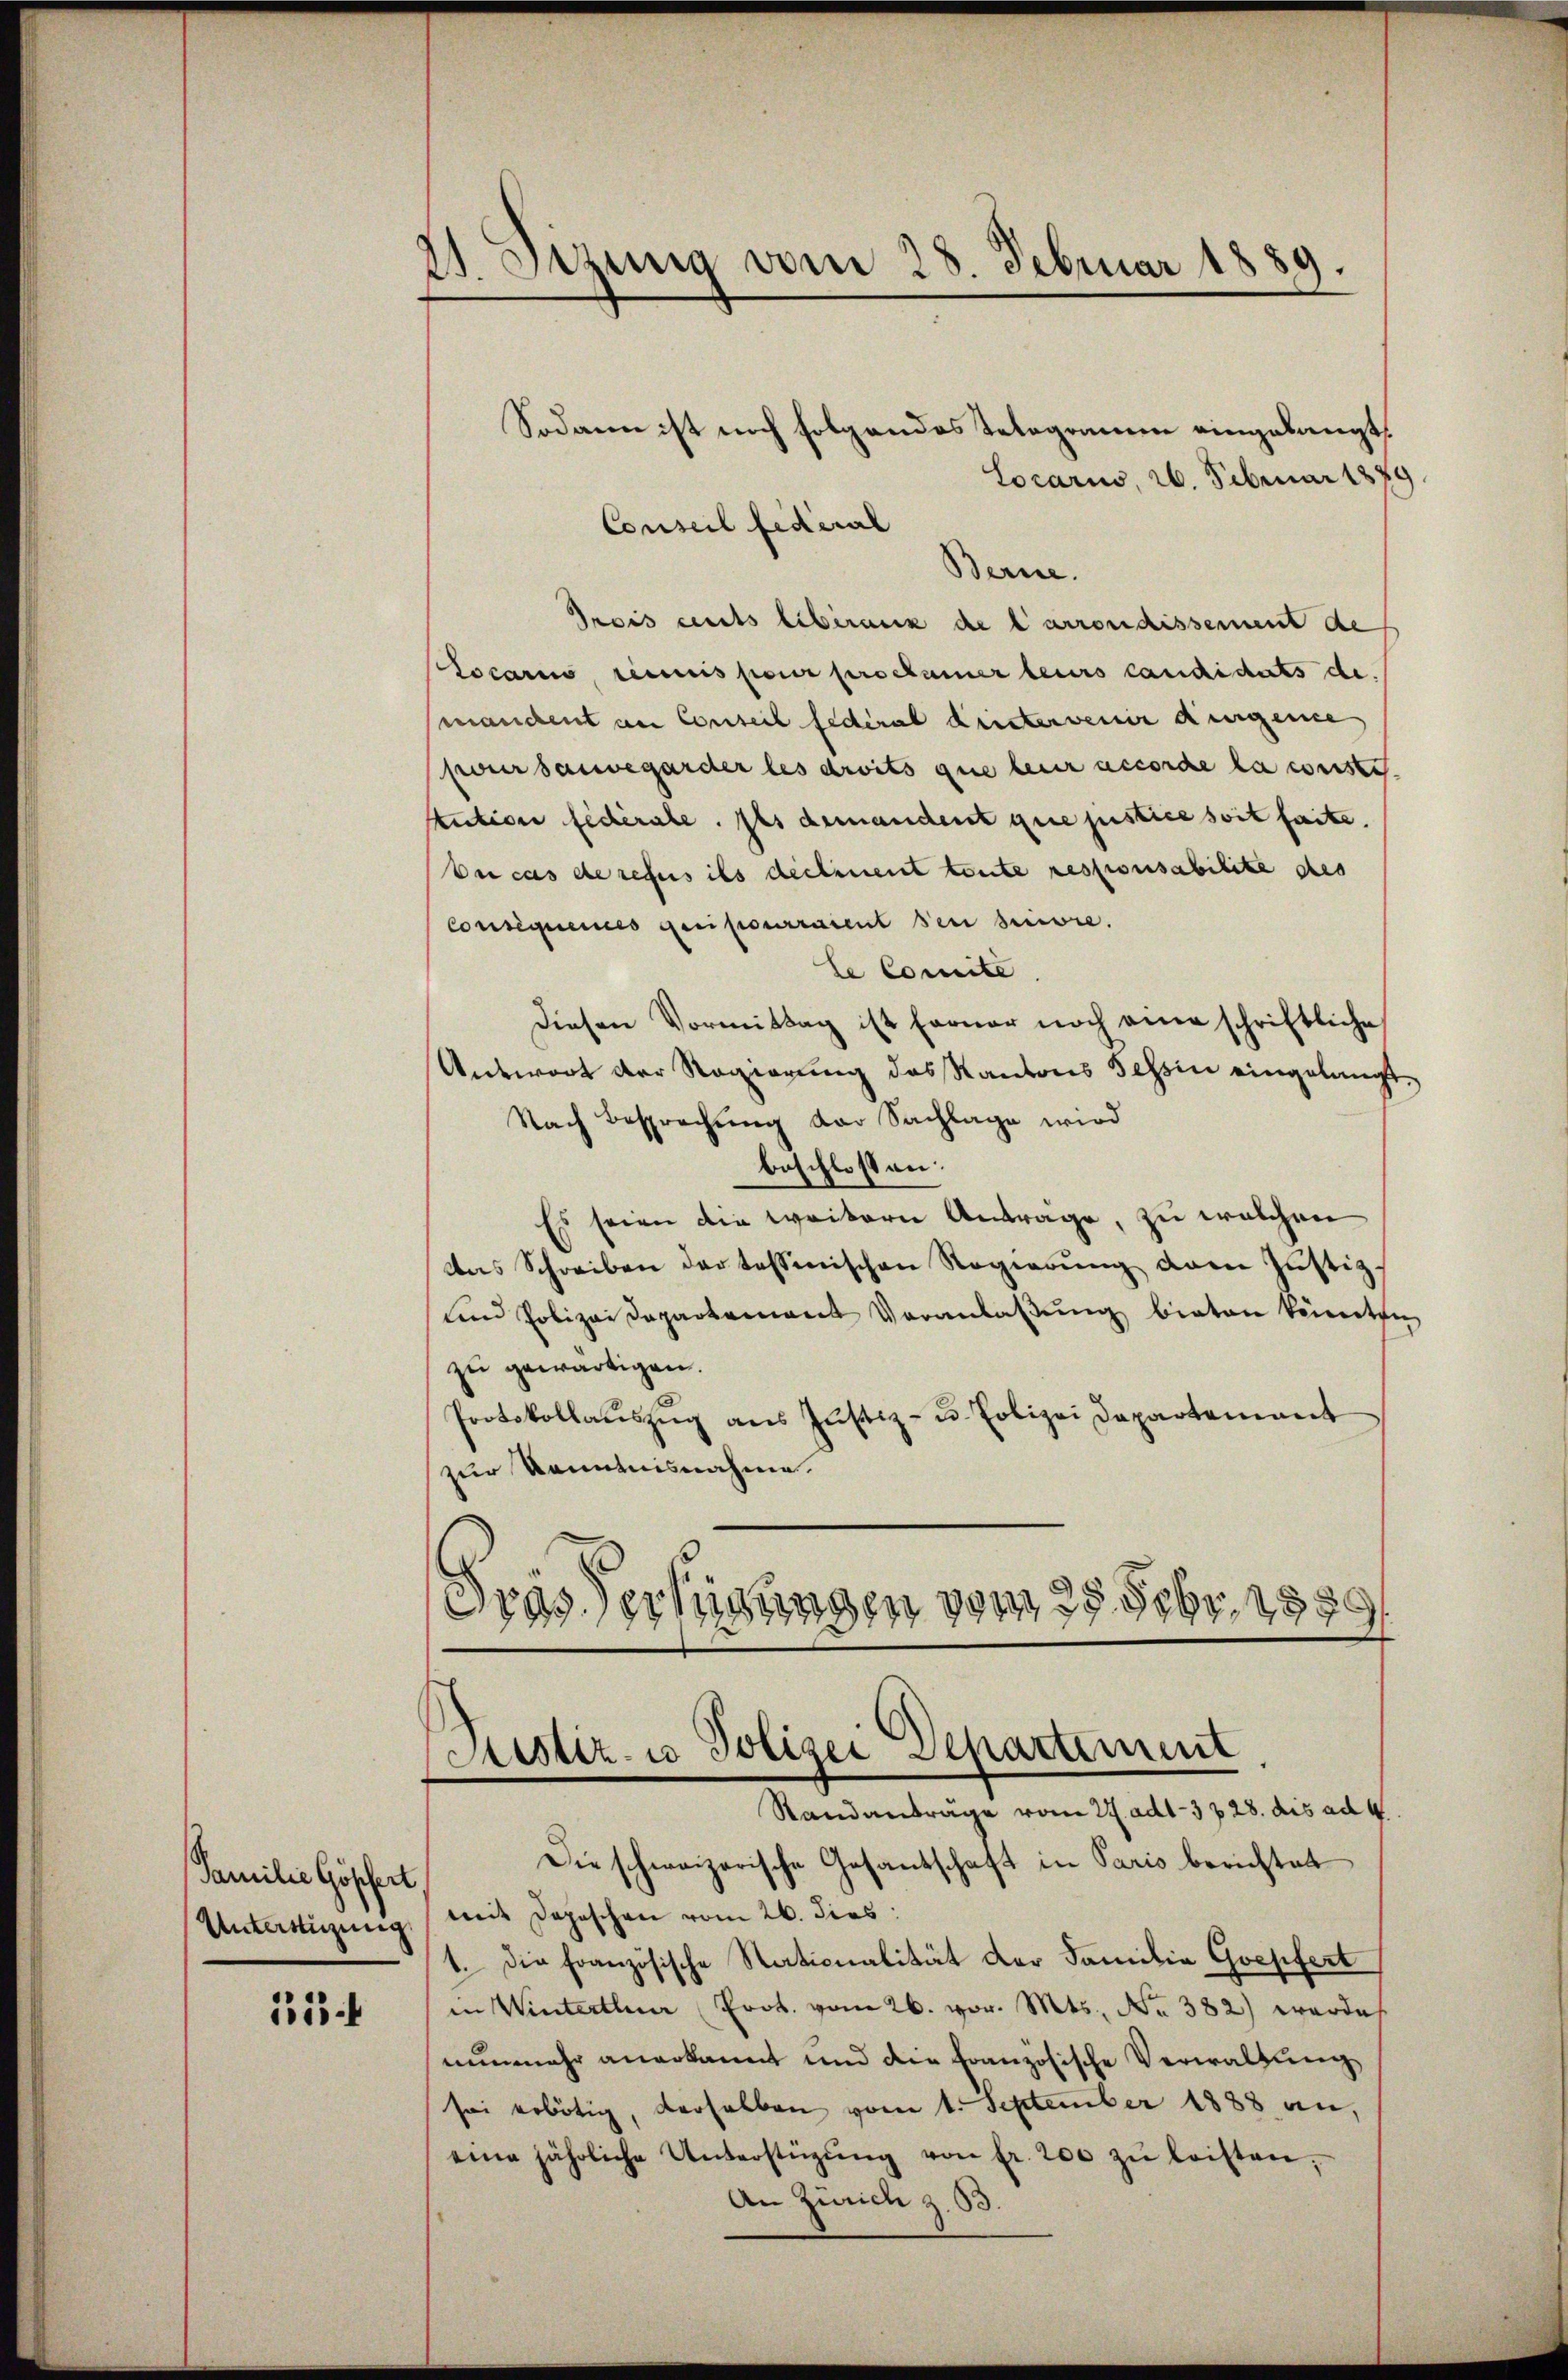
Familie Göschert
Untertigung

13

1 Sitzung vom 28. Februar 1889.

Sodann ist noch folgendes Telegramm eingelangt,
Locarius, 26. Februar 1879.
Conseil Federal
Berne.
Grois cents liberanz de l’arrondissement de
Locaris, reciis pour proclamer leurs candidats de
manchent an Conseil fédéral Liestervenir augenie
pour sauvegarder les droits que leur accorde la conste
tution fidérale. Ils demandent que justice soit faite,
bei cas de refus ils deciment toute responsabilite des
Consequences geripourraient sei bewie
le Comite
Diesen Vormittag ist ferner noch eine schriftliche
Antwort der Regierung des Kantons Tessin eingelangt.
Nach Besprechŭng der Sachlage wird
beschlossen:
Es seien die weitern Antrage, zu welchen
das Schreiben der tessinischen Regierŭng der Justizs
und Polizei Departement Veranlaßung bieten keineten
zu gewärtigen.
Protokollaŭszŭg ans Justiz- u. Polizei Dapartement
zur Kenntnisnahme.
Frässertigungen vom 28. Febr. 1889

Die schweizerische Gesantschaft in Paris berichtet
mit Depeschen vom 26. dies:
1. Die französische Nationalität der Familie Goepfert
in Winterthur Prot. vom 26. vor. Mts., No 382) werde
nunmehr anerkannt und die Französische Verwaltung
sei erbötig, derselben vom 1. September 1888 an,
eine jährliche Unterstüzŭng von fr. 200 zŭ leisten.
An Zürich z. 63.

Sistiz- u Polizei Departement
Standantrage vom 24. ad1. 328. dis ad 4